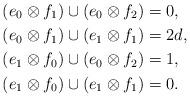
LaTeX: \begin{align*}(e_0 \otimes f_1) \cup (e_0 \otimes f_2) &= 0, \\(e_0 \otimes f_1) \cup (e_1 \otimes f_1) &= 2d, \\(e_1 \otimes f_0) \cup (e_0 \otimes f_2) &= 1, \\(e_1 \otimes f_0) \cup (e_1 \otimes f_1) &= 0.\end{align*}